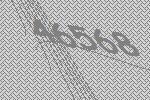
46568